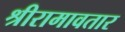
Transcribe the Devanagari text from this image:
श्रीरामावतार